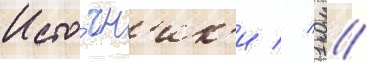
Исто́чн'ик'и // 1 //